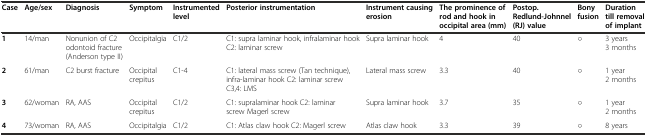
<table><thead><tr><td><b>Case</b></td><td><b>Age/sex</b></td><td><b>Diagnosis</b></td><td><b>Symptom</b></td><td><b>Instrumented level</b></td><td><b>Posterior instrumentation</b></td><td><b>Instrument causing erosion</b></td><td><b>The prominence of rod and hook in occipital area (mm)</b></td><td><b>Postop. Redlund-Johnnel (RJ) value</b></td><td><b>Bony fusion</b></td><td><b>Duration till removal of implant</b></td></tr></thead><tbody><tr><td><b>1</b></td><td>14/man</td><td>Nonunion of C2 odontoid fracture (Anderson type II)</td><td>Occipitalgia</td><td>C1/2</td><td>C1: supra laminar hook, infralaminar hook C2: laminar screw</td><td>Supra laminar hook</td><td>4</td><td>40</td><td>○</td><td>3 years 3 months</td></tr><tr><td><b>2</b></td><td>61/man</td><td>C2 burst fracture</td><td>Occipital crepitus</td><td>C1-4</td><td>C1: lateral mass screw (Tan technique), infra-laminar hook C2: laminar screw C3,4: LMS</td><td>Lateral mass screw</td><td>3.3</td><td>40</td><td>○</td><td>1 year 2 months</td></tr><tr><td><b>3</b></td><td>62/woman</td><td>RA, AAS</td><td>Occipital crepitus</td><td>C1/2</td><td>C1: supralaminar hook C2: laminar screw Magerl screw</td><td>Supra laminar hook</td><td>3.7</td><td>35</td><td>○</td><td>1 year 2 months</td></tr><tr><td><b>4</b></td><td>73/woman</td><td>RA, AAS</td><td>Occipitalgia</td><td>C1/2</td><td>C1: Atlas claw hook C2: Magerl screw</td><td>Atlas claw hook</td><td>3.3</td><td>39</td><td>○</td><td>8 years</td></tr></tbody></table>